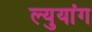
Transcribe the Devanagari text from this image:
ल्युयांग